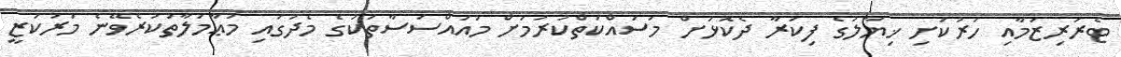
ޓެރަރިޒަމާއި ހަރުކަށި ޚިޔާލުގެ ފިކުރާ ދެކޮޅަށް މަސައްކަތްކުރުމަށް މުއައްސަސާތަކުގެ މެދުގައި މުޢާމަލާތުކުރެވޭނެ މަރުކަޒީ